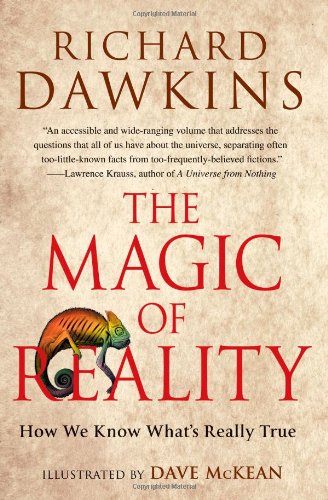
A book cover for The Magic of Reality: How We Know What's Really True; Richard Dawkins; Comics & Graphic Novels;